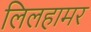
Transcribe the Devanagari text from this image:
लिलहामर